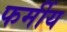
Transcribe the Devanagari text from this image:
फर्मीय